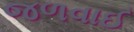
જળવાઈ